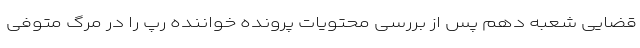
قضایی شعبه دهم پس از بررسی محتویات پرونده خواننده رپ را در مرگ متوفی